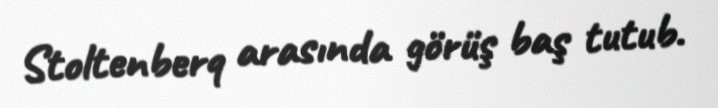
Stoltenberq arasında görüş baş tutub.